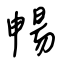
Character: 暢